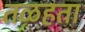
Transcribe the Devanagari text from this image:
तळहता